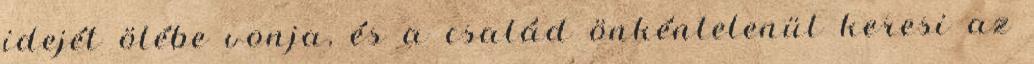
idejét ölébe vonja, és a család önkéntelenül keresi az